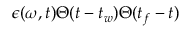
\epsilon ( \omega , t ) \Theta ( t - t _ { w } ) \Theta ( t _ { f } - t )